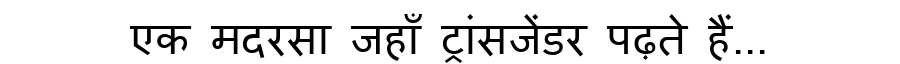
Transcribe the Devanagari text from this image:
एक मदरसा जहाँ ट्रांसजेंडर पढ़ते हैं...